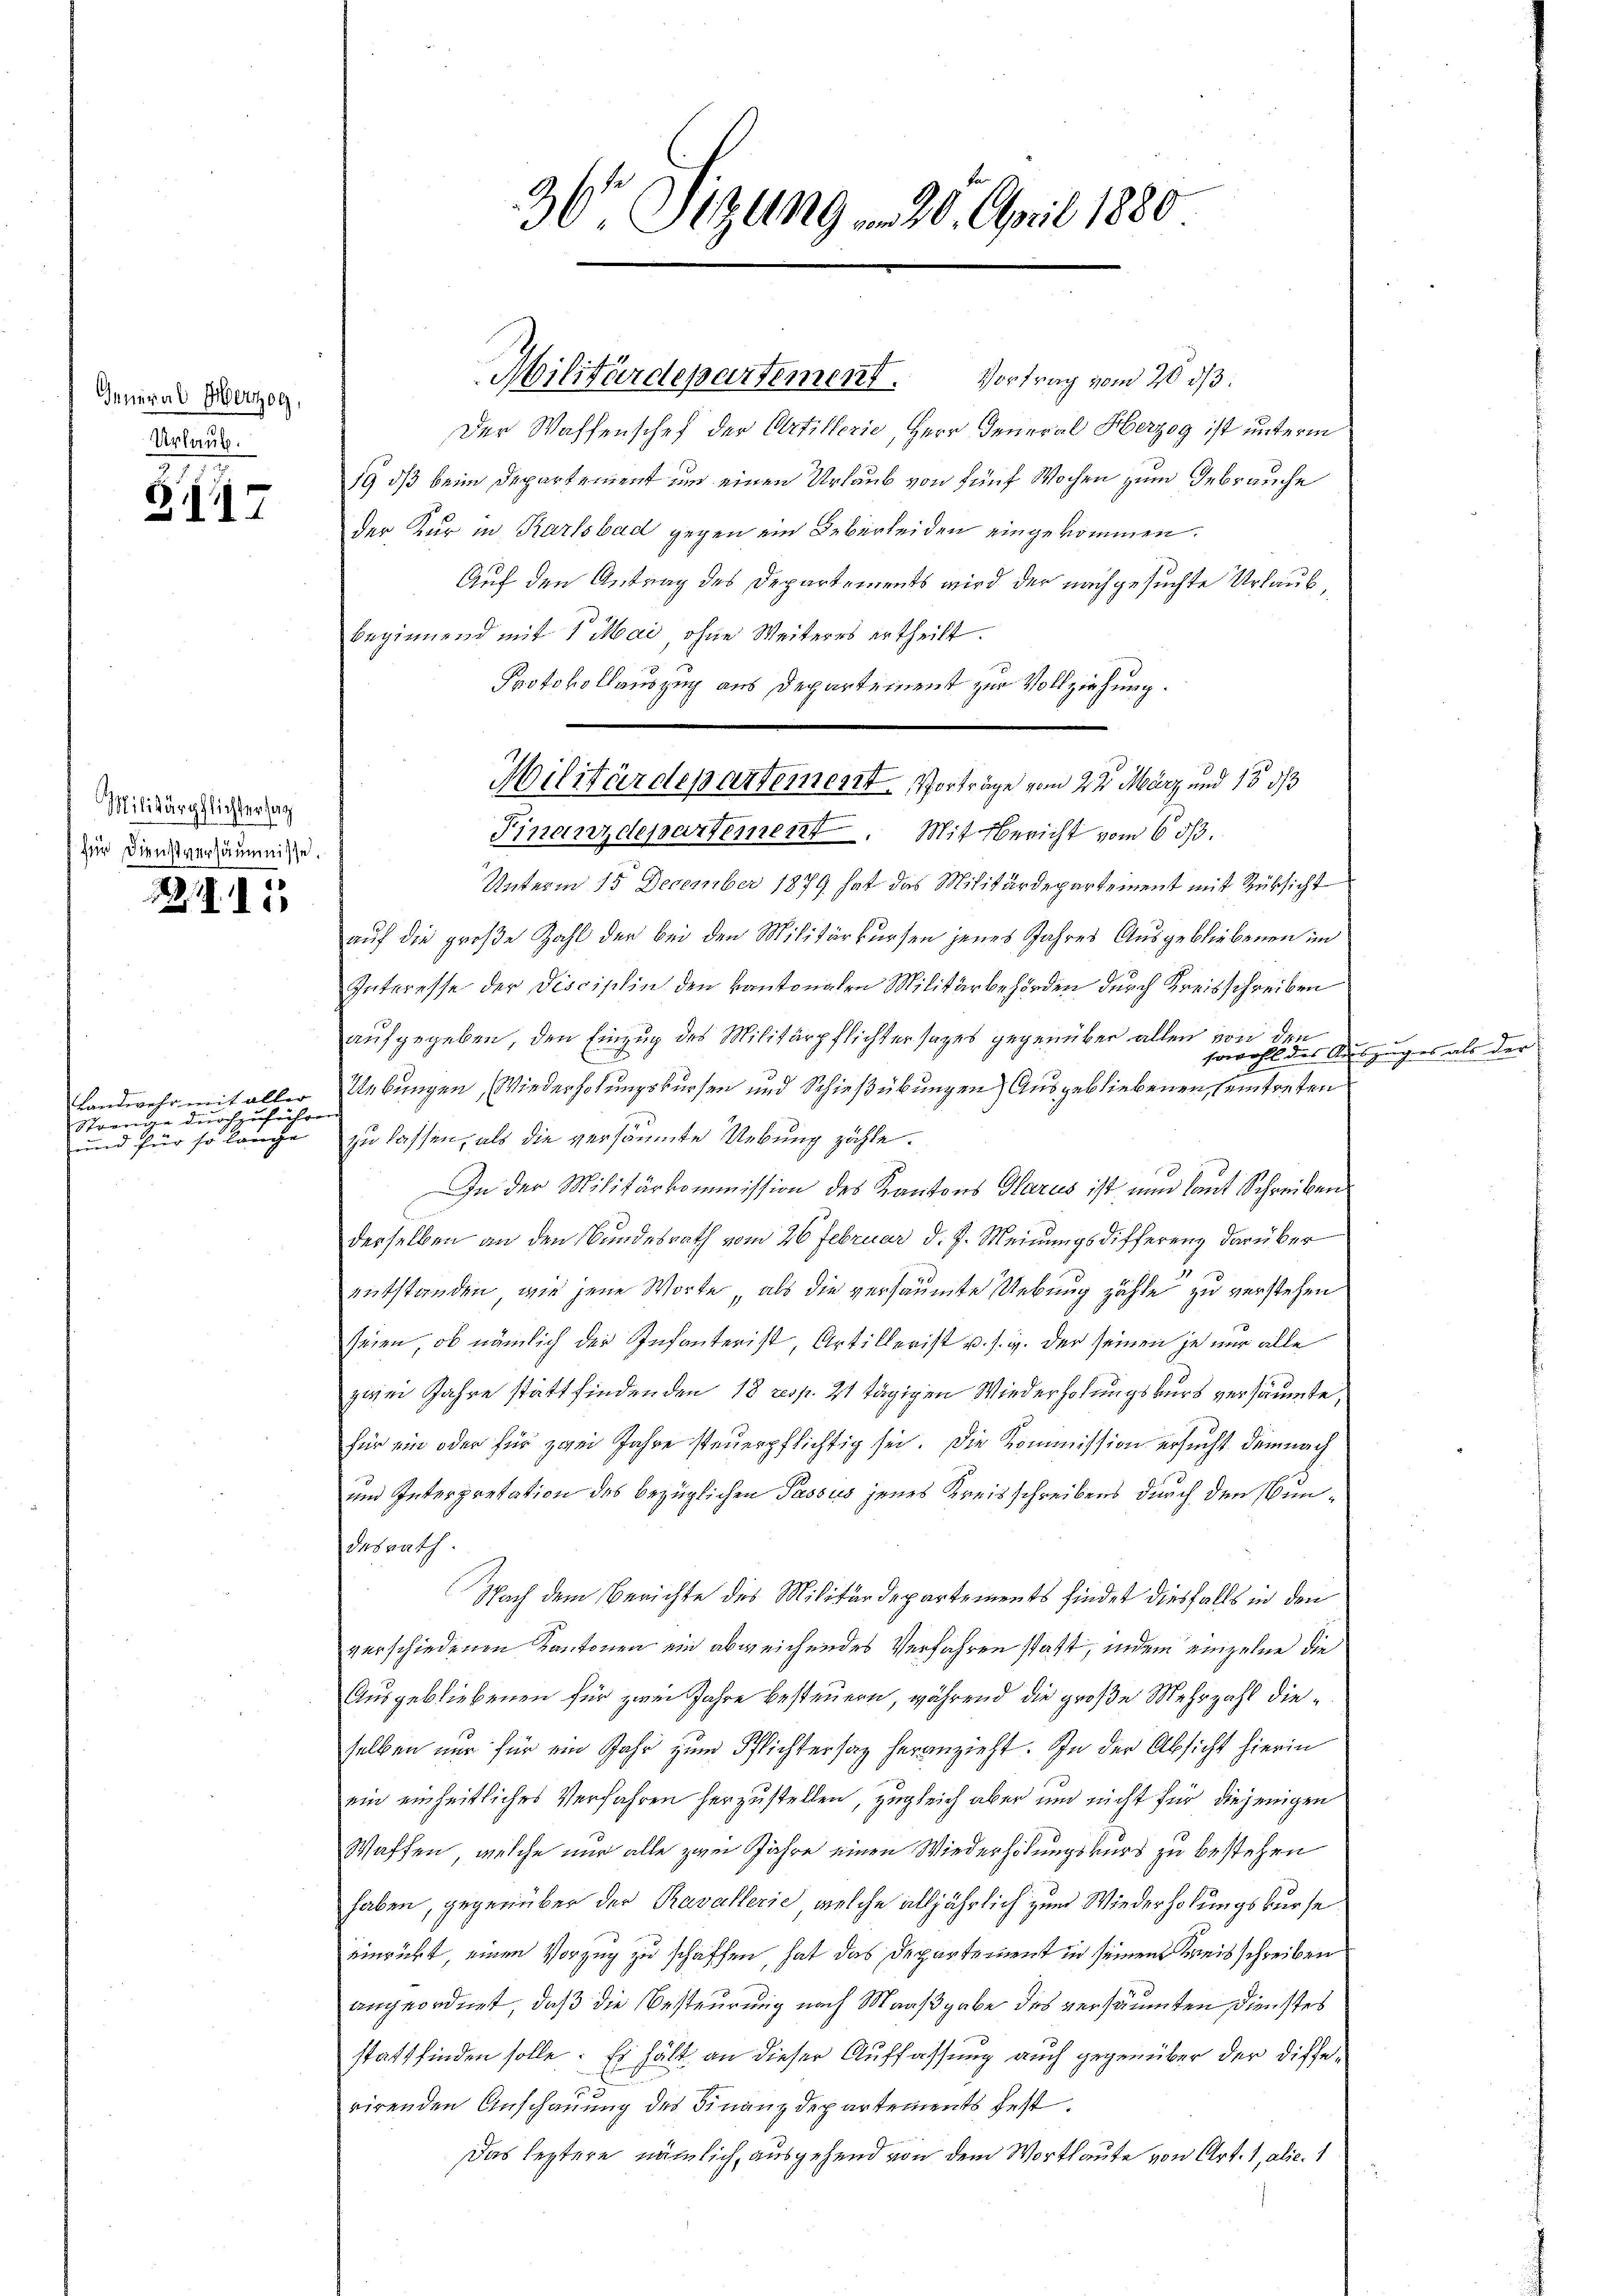
General Oberg,
Urlaub.

317

Militärpflichtersag
für Dienstversäumnisse.

21.11.

Landwehr mit aller
Streu durchzuführen
und hier sie nich

36 Sizung . 20. April 1880

Militärdepartement. Vortrag vom 20. ds.

Der Waffenschef der Artillerie, Herr General Herzog ist unterm
19 dß beim Departement um einen Urlaub von fünf Wochen zum Gebrauche
der Kur in Karlsbad gegen ein Ueberleiden eingekommen.
Auf den Antrag des Departements wird der nachgesuchte Urlaub
beginnend mit 1 Mai, ohne Weiteres ertheilt.
Protokollauszug aus Departement zur Vollziehung.
Finanzdepartement. Mit Bericht vom 6 1/3.
Unterm 15. December 1879 hat das Militärdepartement mit Rüksicht
auf die große Zahl der bei den Militärkursen jenes Jahres Ausgebliebenen im
Interesse der Disciplin den kantonalen Militärbehörden durch Kreisschreiben
aufgegeben, den Einzug des Militärpflichtersatzes gegenüber allen von den
sowohl des Aus
Uebungen Wiederholungskursen und Schießübungen Ausgebliebenen seintreten
zu lassen, als die versäumte Uebung zähle.
In der Militärkommission des Kantons Glarus ist nun laut Schreiben
derselben an den Bundesrath vom 26 Februar d. J. Meinungsdifferenz darüber
entstanden, wie jene Worte als die versäumte Uebung zähle zu verstehen
seien, ob nämlich der Infanterist, Artillerist u. s. w. der seinen je nur alle
zwei Jahre stattfindenden 18 resp. 21 tägigen Wiederholungskurs versäumte,
für ein oder für zwei Jahre steuerpflichtig sei. Die Kommission ersucht demnach
und Interpretation des bezüglichen Passus jenes Kreisschreibens durch den Wundesrath.
Nach dem Berichte des Militärdepartements findet diesfalls in den
verschiedenen Kantonen ein abweichendes Verfahren statt, indem einzelne die
Ausgebliebenen für zwei Jahre besteuern, während die große Mehrzahl dieselben nur für ein Jahr zum Pflichtersaz heranzieht. In der Absicht hierin
ein einheitliches Verfahren herzustellen, zugleich aber und nicht für diejenigen
Waffen, welche nur alle zum Jahre einen Wiederholungskurs zu bestehen
haben, gegenüber der Ravallerie, welche alljährlich zum Wiederholungskurse
einrückt, einen Vorzug zu schaffen, hat das Departement in seinen Kreisschreiben
angeordnet, daß die Besteurung nach Maaßgabe des versäumten Dienstes
stattfinden solle. Es hält an dieser Auffassung auch gegenüber der Differirenden Anschauung des Finanzdepartements fest.
Das leztere nämlich, ausgehend von dem Wortlaute von Art. 1, alic. 1

Militärdepartement. Vorträge vom 2te͇n März und 15 d

izung es als der